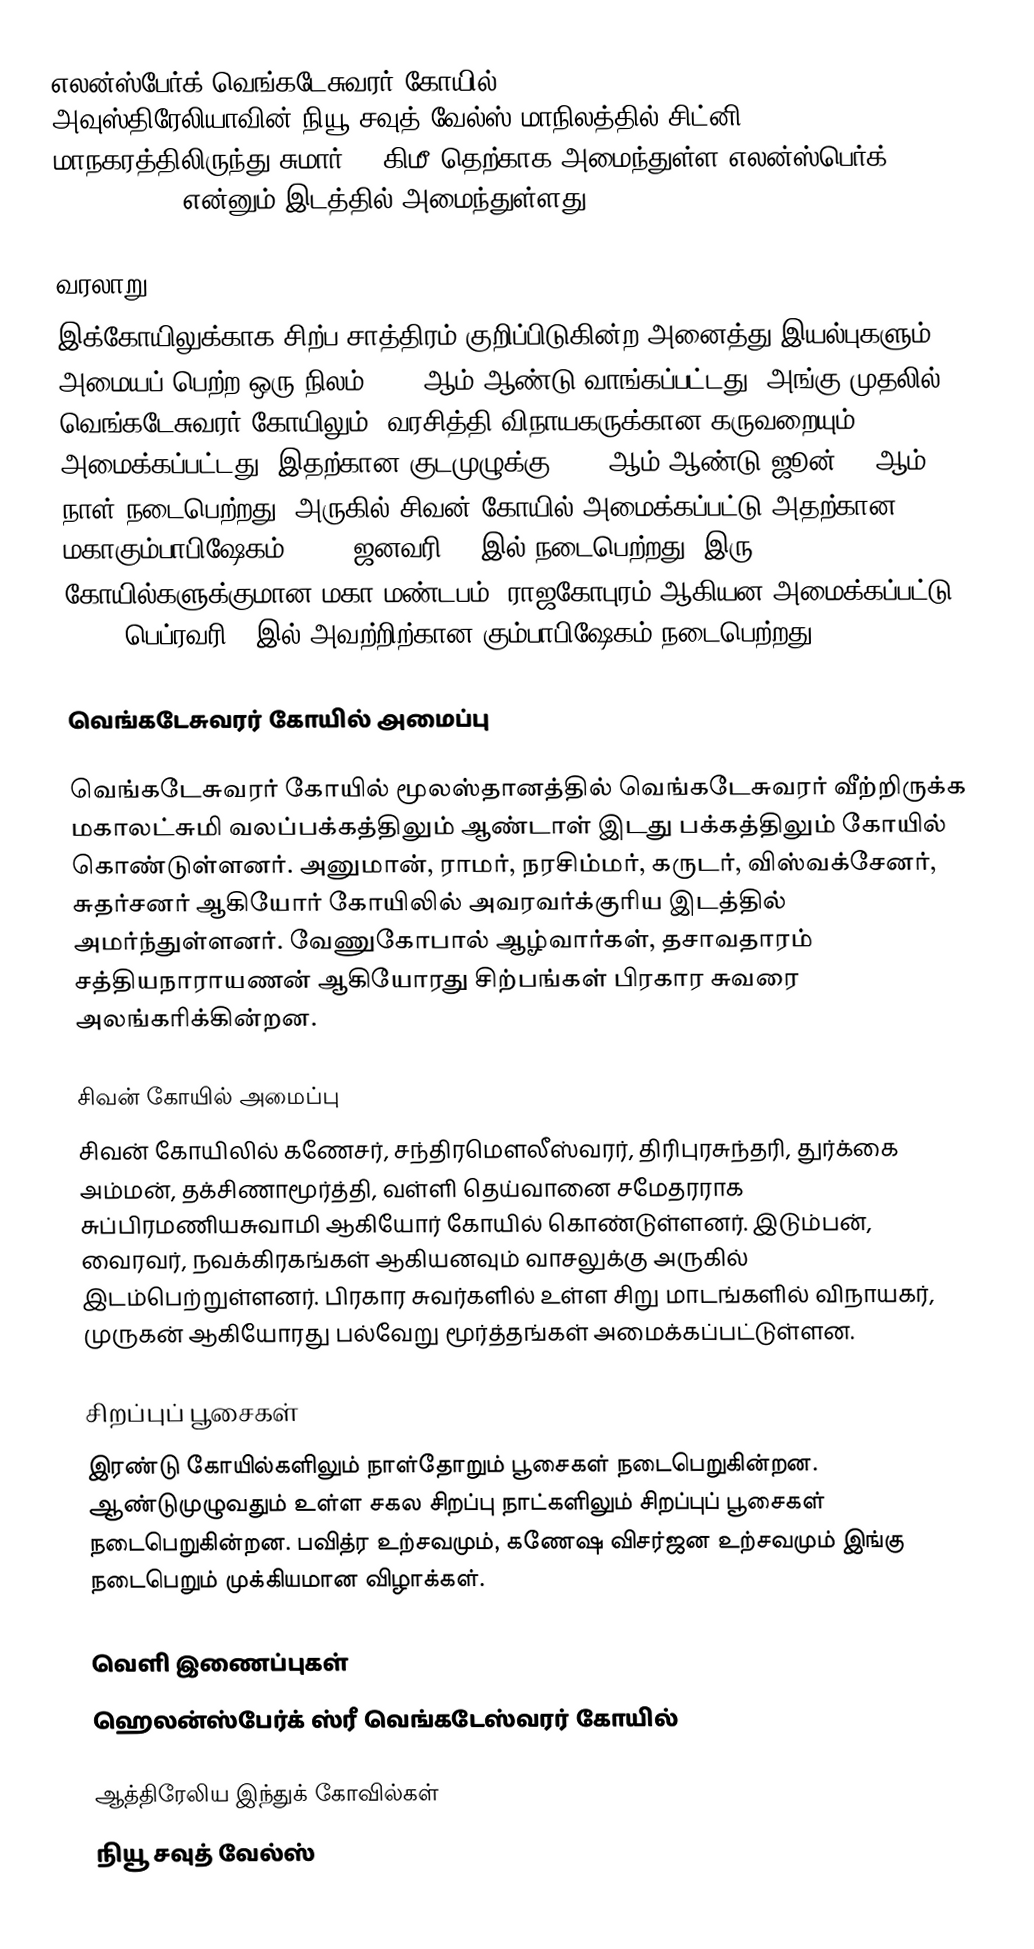
எலன்ஸ்பேர்க் வெங்கடேசுவரர் கோயில் (Helensberg Sri Venkateswara Temple) அவுஸ்திரேலியாவின் நியூ சவுத் வேல்ஸ் மாநிலத்தில் சிட்னி மாநகரத்திலிருந்து சுமார் 55 கிமீ தெற்காக அமைந்துள்ள எலன்ஸ்பெர்க் (Helensburg) என்னும் இடத்தில் அமைந்துள்ளது.

வரலாறு
இக்கோயிலுக்காக சிற்ப சாத்திரம் குறிப்பிடுகின்ற அனைத்து இயல்புகளும் அமையப் பெற்ற ஒரு நிலம் 1979 ஆம் ஆண்டு வாங்கப்பட்டது. அங்கு முதலில் வெங்கடேசுவரர் கோயிலும், வரசித்தி விநாயகருக்கான கருவறையும் அமைக்கப்பட்டது. இதற்கான குடமுழுக்கு 1985 ஆம் ஆண்டு ஜூன் 30 ஆம் நாள் நடைபெற்றது. அருகில் சிவன் கோயில் அமைக்கப்பட்டு அதற்கான மகாகும்பாபிஷேகம் 1994, ஜனவரி 23 இல் நடைபெற்றது. இரு கோயில்களுக்குமான மகா மண்டபம், ராஜகோபுரம் ஆகியன அமைக்கப்பட்டு 2004, பெப்ரவரி 1 இல் அவற்றிற்கான கும்பாபிஷேகம் நடைபெற்றது.

வெங்கடேசுவரர் கோயில் அமைப்பு

வெங்கடேசுவரர் கோயில் மூலஸ்தானத்தில் வெங்கடேசுவரர் வீற்றிருக்க மகாலட்சுமி வலப்பக்கத்திலும் ஆண்டாள் இடது பக்கத்திலும் கோயில் கொண்டுள்ளனர். அனுமான், ராமர், நரசிம்மர், கருடர், விஸ்வக்சேனர், சுதர்சனர் ஆகியோர் கோயிலில் அவரவர்க்குரிய இடத்தில் அமர்ந்துள்ளனர். வேணுகோபால் ஆழ்வார்கள், தசாவதாரம் சத்தியநாராயணன் ஆகியோரது சிற்பங்கள் பிரகார சுவரை அலங்கரிக்கின்றன.

சிவன் கோயில் அமைப்பு
சிவன் கோயிலில் கணேசர், சந்திரமௌலீஸ்வரர், திரிபுரசுந்தரி, துர்க்கை அம்மன், தக்சிணாமூர்த்தி, வள்ளி தெய்வானை சமேதரராக சுப்பிரமணியசுவாமி ஆகியோர் கோயில் கொண்டுள்ளனர். இடும்பன், வைரவர், நவக்கிரகங்கள் ஆகியனவும் வாசலுக்கு அருகில் இடம்பெற்றுள்ளனர். பிரகார சுவர்களில் உள்ள சிறு மாடங்களில் விநாயகர், முருகன் ஆகியோரது பல்வேறு மூர்த்தங்கள் அமைக்கப்பட்டுள்ளன.

சிறப்புப் பூசைகள்
இரண்டு கோயில்களிலும் நாள்தோறும் பூசைகள் நடைபெறுகின்றன. ஆண்டுமுழுவதும் உள்ள சகல சிறப்பு நாட்களிலும் சிறப்புப் பூசைகள் நடைபெறுகின்றன. பவித்ர உற்சவமும், கணேஷ விசர்ஜன உற்சவமும் இங்கு நடைபெறும் முக்கியமான விழாக்கள்.

வெளி இணைப்புகள்
ஹெலன்ஸ்பேர்க் ஸ்ரீ வெங்கடேஸ்வரர் கோயில்

ஆத்திரேலிய இந்துக் கோவில்கள்
நியூ சவுத் வேல்ஸ்